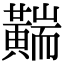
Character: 䵎